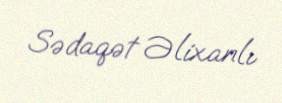
Sədaqət Əlixanlı